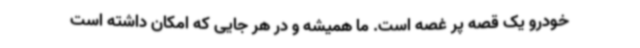
خودرو یک قصه پر غصه است. ما همیشه و در هر جایی که امکان داشته است